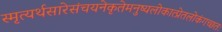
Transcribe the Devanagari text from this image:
स्मृत्यर्थसारेसंचयनेकृतेमनुष्यलोकात्प्रेतलोकंगच्छतः